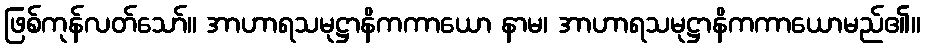
ဖြစ်ကုန်လတ်သော်။ အာဟာရသမုဋ္ဌာနိကကာယော နာမ၊ အာဟာရသမုဋ္ဌာနိကကာယောမည်၏။